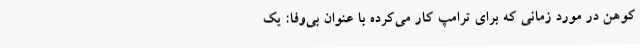
کوهن در مورد زمانی که برای ترامپ کار می‌کرده با عنوان بی‌وفا: یک